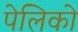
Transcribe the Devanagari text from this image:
पेलिको